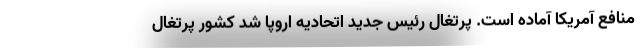
منافع آمریکا آماده است. پرتغال رئیس جدید اتحادیه اروپا شد کشور پرتغال